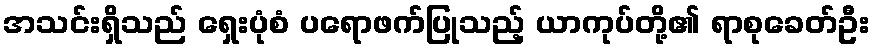
အသင်းရှိသည် ရှေးပုံစံ ပရောဖက်ပြုသည့် ယာကုပ်တို့၏ ရာစုခေတ်ဦး